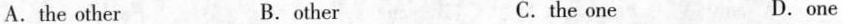
A.the other B.other C. the one D.one